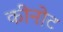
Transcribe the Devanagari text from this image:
कीनोट